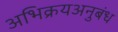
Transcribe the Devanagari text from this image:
अभिक्रयअनुबंध